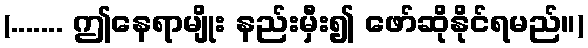
(....... ဤနေရာမျိုး နည်းမှီး၍ ဖော်ဆိုနိုင်ရမည်။)